Eesti_Rahvusfond, lk 40
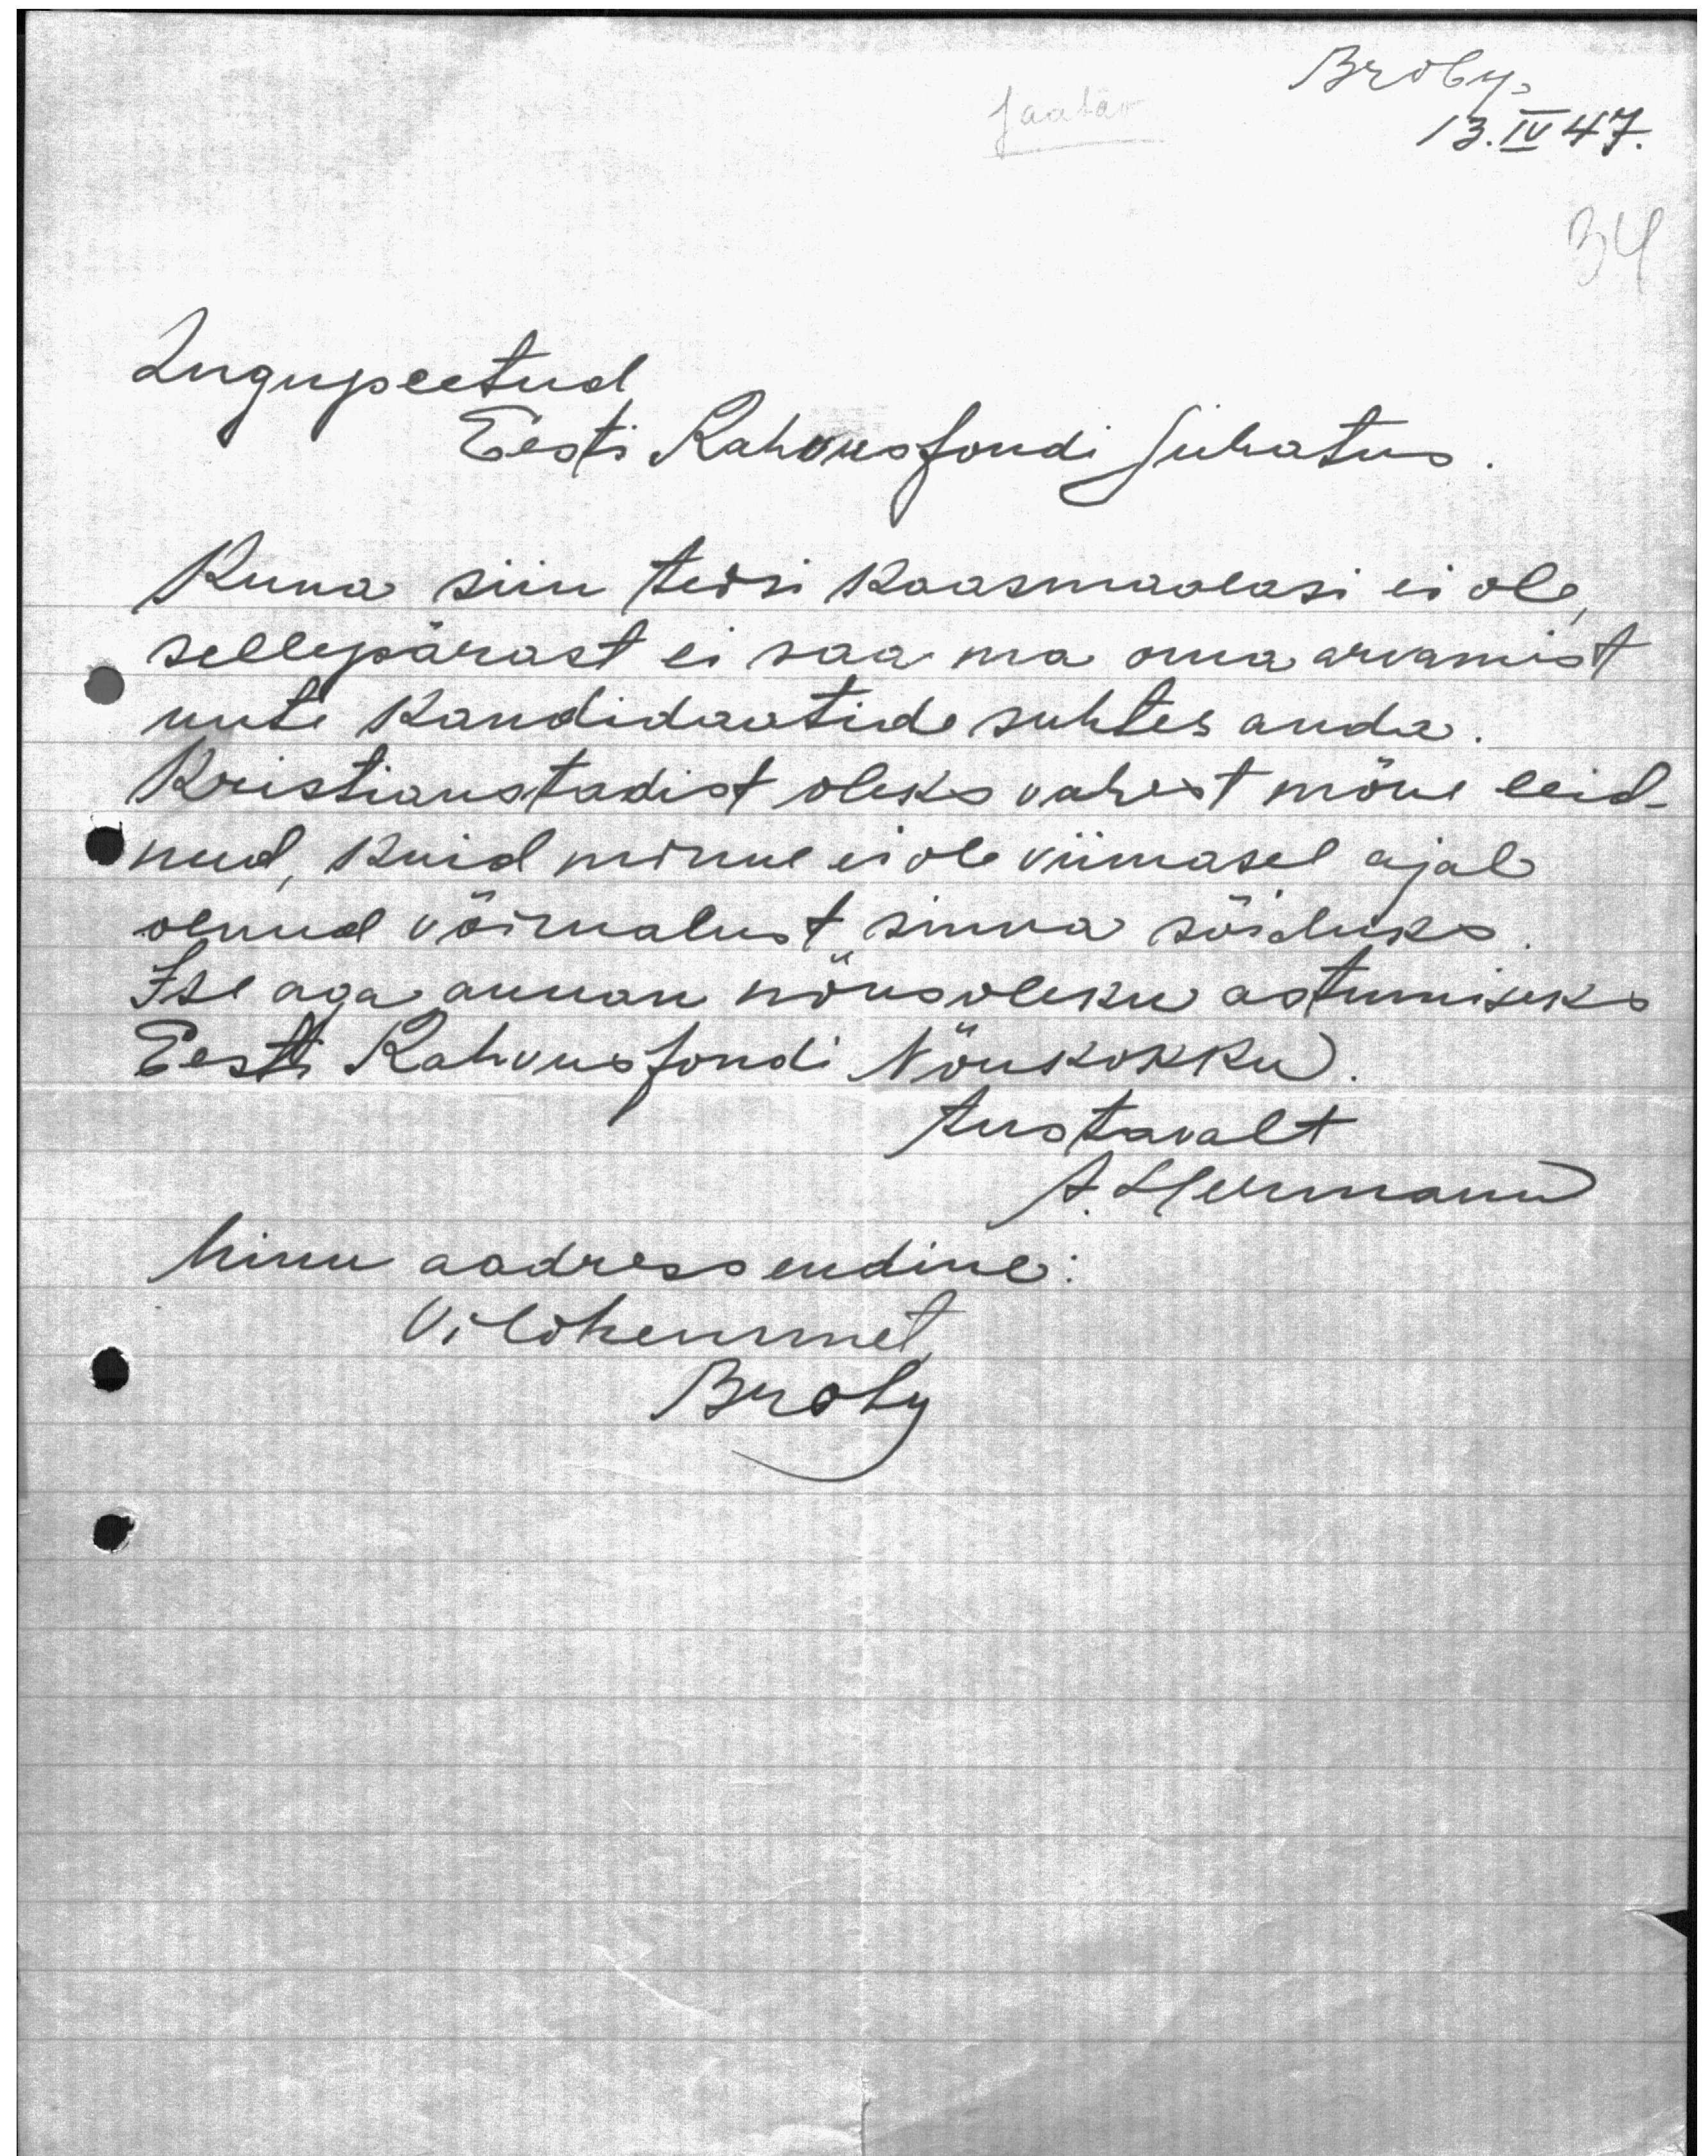
Jaatav

Broby,
13.IV 47.

34

Lugupeetud
Eesti Rahvusfondi Juhatus
Kuna siin teisi kaasmaalasi ei ole,
sellepärast ei saa ma oma arvamist
uute kandidaatide suhtes anda.
Kristianstadist oleks vahest mõne leid-
nud, kuid minul ei ole viimasel ajal
olnud võimalust sinna sõiduks.
Ise aga annan nõusoleku astumiseks
Eest Rahvusfondi Nõukokku.
Austavalt
A. Hermann
Minu aadress endine
Vildhemmet
Broby